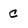
Character: C